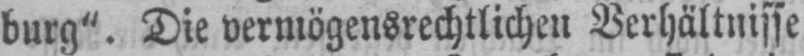
burg”. Die vermögensrechtlichen Verhältnisse